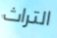
التراث